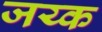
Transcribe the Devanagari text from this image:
जय्क